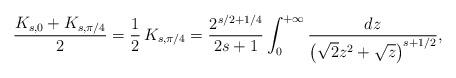
LaTeX: \begin{align*}\frac{K_{s,0}+K_{s,\pi/4}}2=\frac{1}{2}\,K_{s,\pi/4} = \frac{2^{s/2+1/4}}{2s+1}\int_0^{+\infty}\frac{dz}{\left(\sqrt{2}z^2+\sqrt{z}\right)^{s+1/2}},\end{align*}